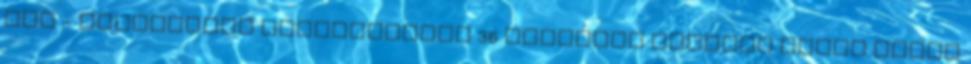
ügy - Nemzetközi bűnszervezet 36 tagjával szemben emelt vádat